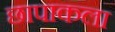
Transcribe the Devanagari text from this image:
छापाकला